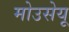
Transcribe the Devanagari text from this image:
मोउसेयू